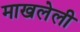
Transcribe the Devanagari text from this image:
माखलेली